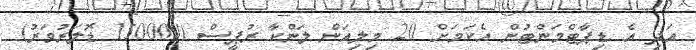
އަދި އެ ޑިޕާޓްމަންޓުން އެކަމަށް 20 މިލިއަން ލަންކާ ރުޕީސް (150000 ޑޮލަރުވަރު)